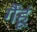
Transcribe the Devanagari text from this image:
गैंहूं